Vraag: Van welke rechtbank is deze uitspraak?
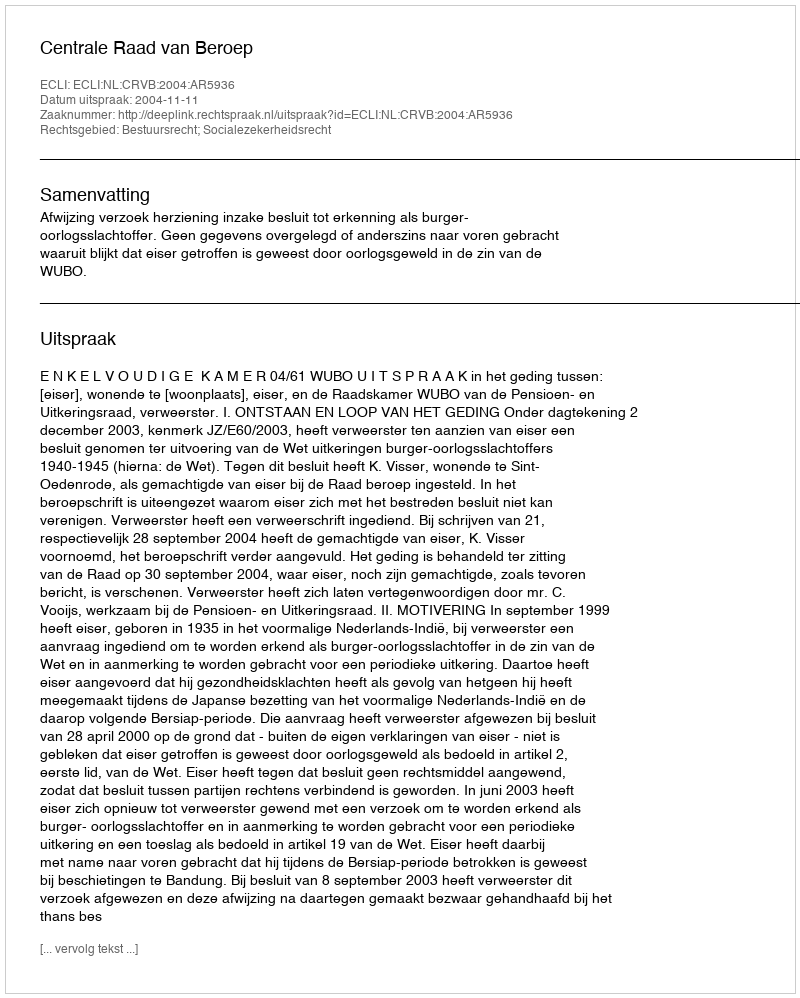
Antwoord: Centrale Raad van Beroep